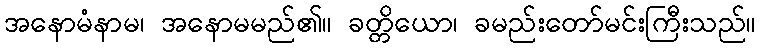
အနောမံနာမ၊ အနောမမည်၏။ ခတ္တိယော၊ ခမည်းတော်မင်းကြီးသည်။